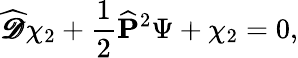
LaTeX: {\widehat{\pmb{\mathscr{D}}}}\chi_{2}+{\frac{1}{2}}{\widehat{\mathbf P}}^{2}\Psi+\chi_{2}=0,